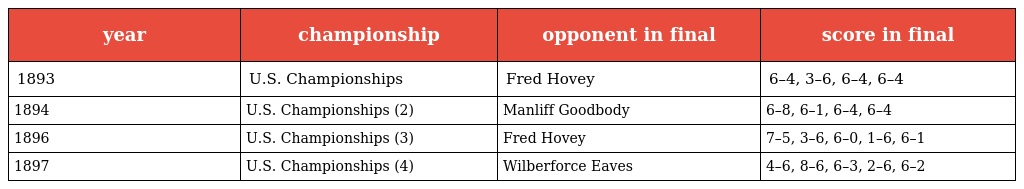
| year | championship | opponent in final | score in final |
 | --- | --- | --- | --- |
 | 1893 | U.S. Championships | Fred Hovey | 6–4, 3–6, 6–4, 6–4 |
 | 1894 | U.S. Championships (2) | Manliff Goodbody | 6–8, 6–1, 6–4, 6–4 |
 | 1896 | U.S. Championships (3) | Fred Hovey | 7–5, 3–6, 6–0, 1–6, 6–1 |
 | 1897 | U.S. Championships (4) | Wilberforce Eaves | 4–6, 8–6, 6–3, 2–6, 6–2 |